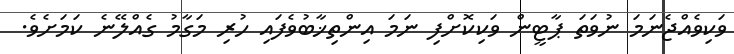
ވަކިވެއްޖެނަމަ ނުވަތަ ޕާޓީން ވަކިކޮށްފި ނަމަ އިންތިޚާބުވެފައި ހުރި މަގާމު ގެއްލޭނެ ކަމަށެވެ.